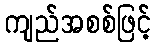
ကျည်အစစ်ဖြင့်